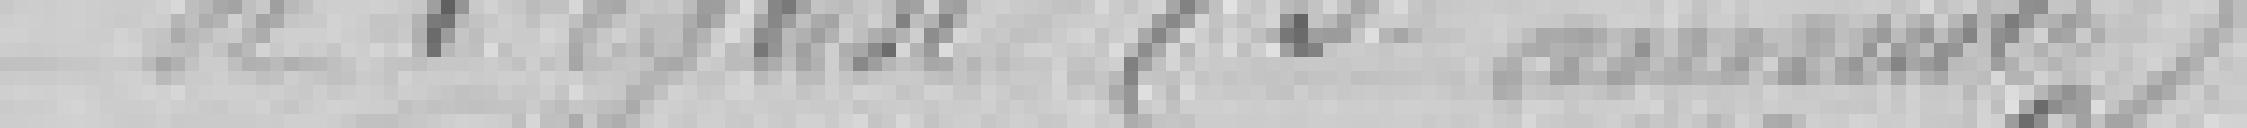
de l'Eglise (3ème annuité)